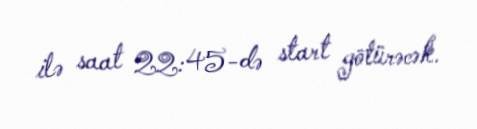
ilə saat 22:45-də start götürəcək.